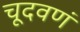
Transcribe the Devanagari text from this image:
चूदवणं